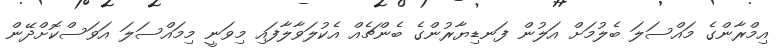
އިމްރާންގެ މައްސަލަ ބެލުމަށް އަލުން ފަނޑިޔާރުންގެ ބެންޗެއް އެކުލަވާލާފައި މިވަނީ މިމައްސަލަ އަވަސްކޮށްދޭން